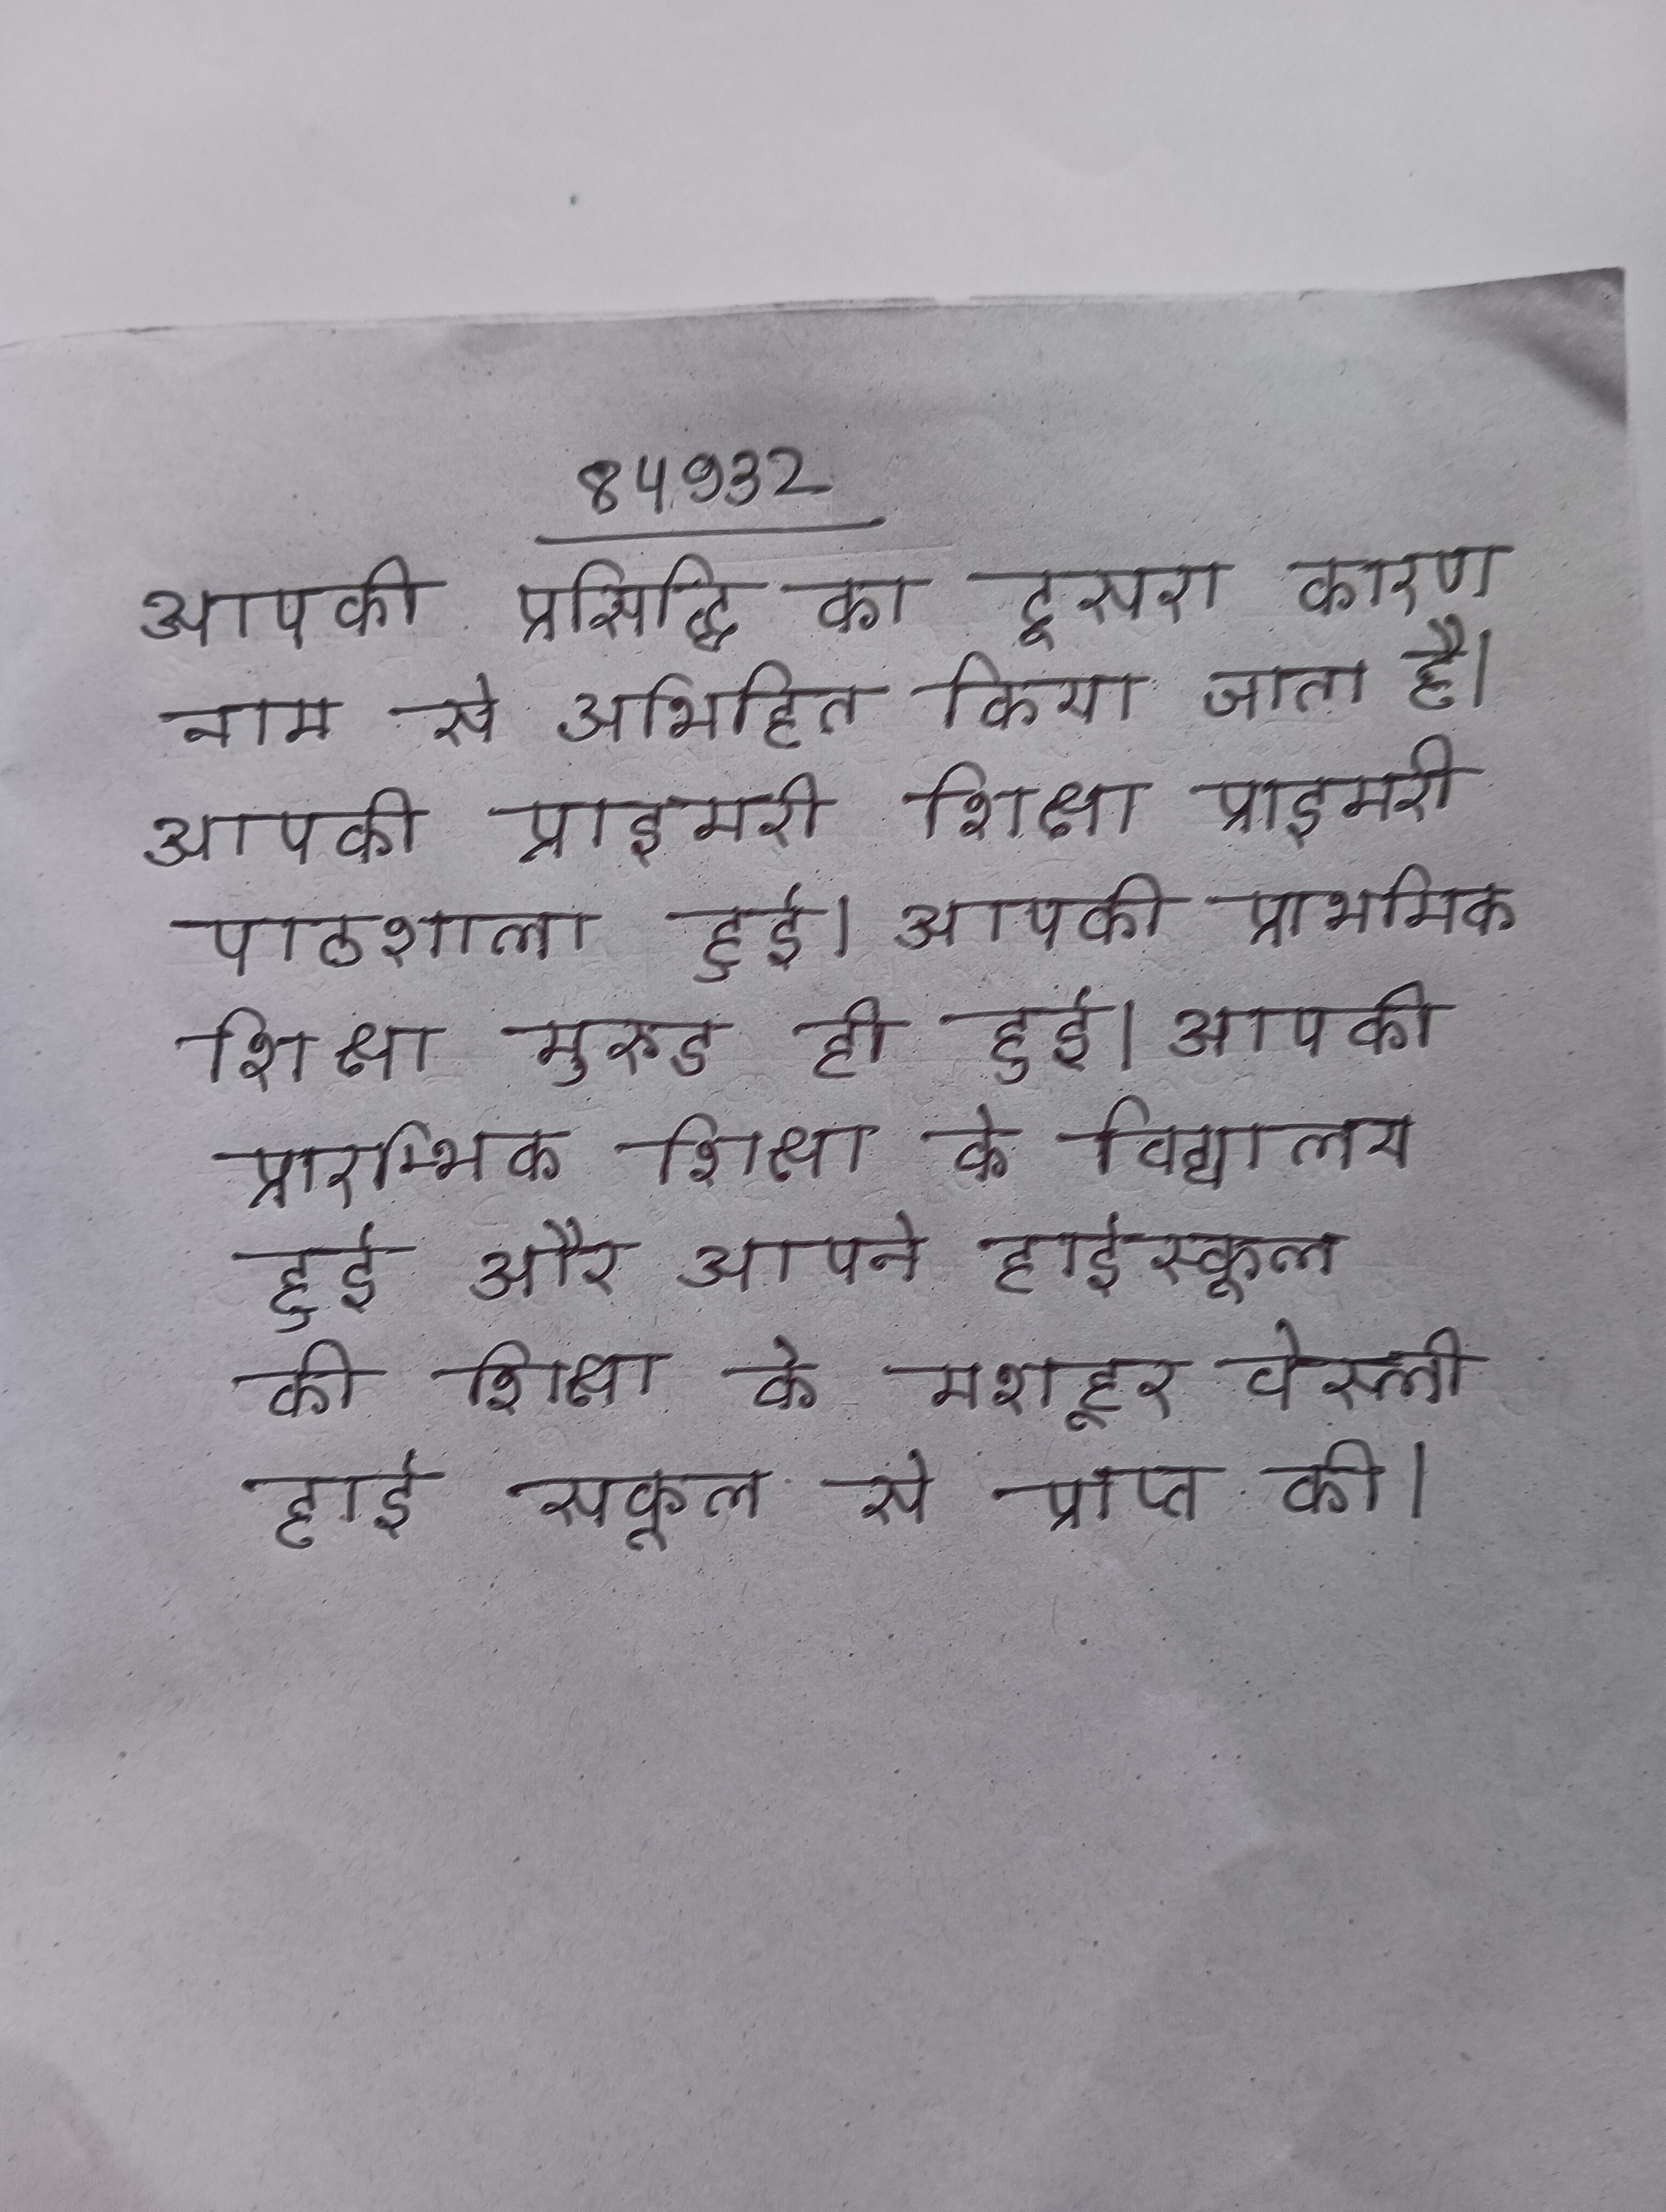
आपकी प्रसिद्धि का दूसरा कारण नाम से अभिहित किया जाता है । आपकी प्राइमरी शिक्षा प्राइमरी पाठशाला हुई । आपकी प्राथमिक शिक्षा मुरुड ही हुई । आपकी प्रारम्भिक शिक्षा के विद्यालय हुई और आपने हाईस्कूल की शिक्षा के मशहूर वेस्ली हाई स्कूल से प्राप्त की ।